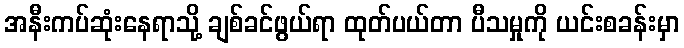
အနီးကပ်ဆုံးနေရာသို့ ချစ်ခင်ဖွယ်ရာ ထုတ်ပယ်တာ ပီသမှုကို ယင်းစခန်းမှာ